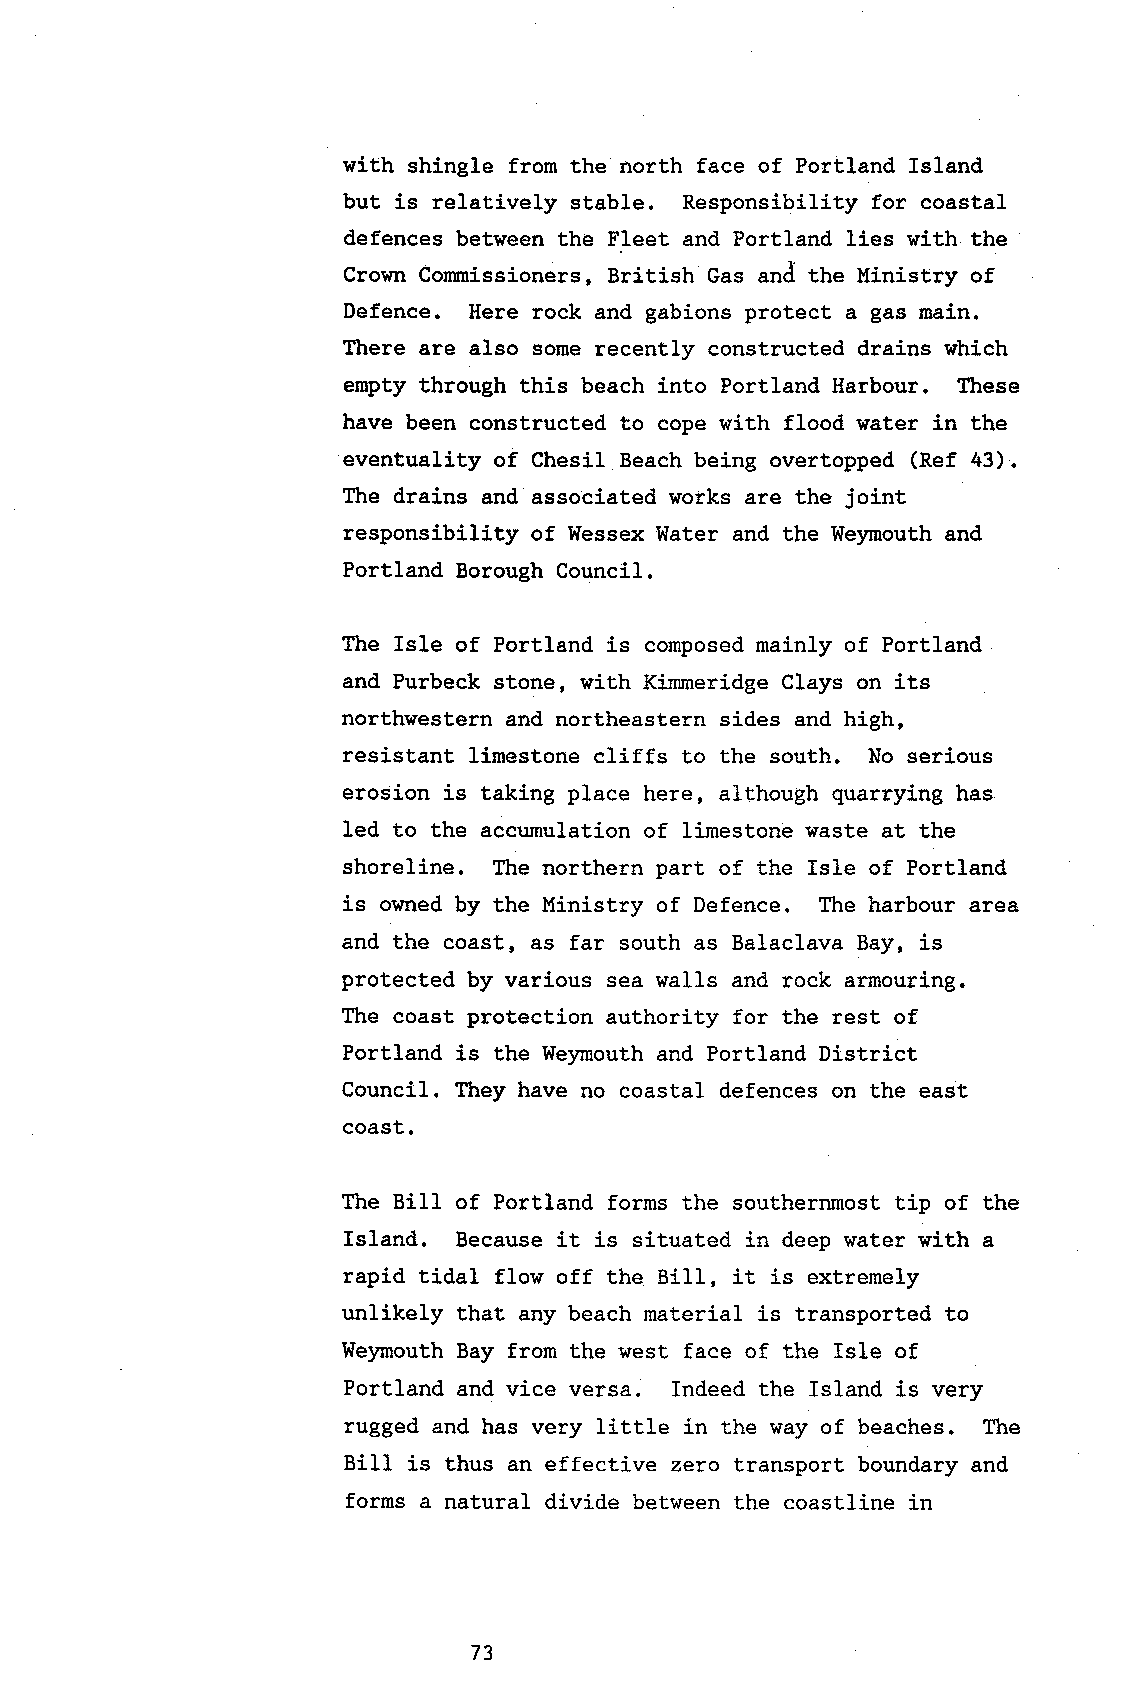
with shingle from the north face of Portland Island
 but is relatively stable. Responsibility for coastal
 defences between the Fleet and Portland lies with the
 Crown Corrnissioners, British Gas and the Ministry of
 Defence. Here rock and gabions protect a gas main.
 There are also some recently constructed drains which
 empty through this beach into Portland Harbour. These
 have been constructed to cope with flood water in the
 eventuality of Chesil Beach being overtopped (Ref 43).
 Ttre drains and associated works are the joint
 responsibility of Wessex Water and the Weymouth and
 Portland Borough Council.
 The Isle of Portland is composed mainly of Portland
 and Purbeck stone, with Kimmeridge Clays on its
 northwestern and northeastern sides and high,
 resistant limestone cliffs to the south. No serious
 erosion is taking place here, although quarrying has
 led to the accumulation of limestone waste at the
 shoreline. Ttre northern part of the Isle of Portland
 is owned by the llinistry of Defence. The harbour area
 and the coast, as far south as Balaclava Bay, is
 protected by various sea walls and rock armouring.
 The coast protection authority for the rest of
 Portland is the Weynouth and Portland District
 Council. They have no coastal defences on the east
 coast.
 The BilI of Portland forms the southernmost tip of the
 Island. Because it is situated in deep water with a
 rapid tidal flow off the BilI, it is extremely
 unlikely that any beach material is transported to
 Weymouth Bay from the west face of the Isle of
 Portland and vice versa. Indeed the Island is very
 rugged and has very little in the way of beaches. The
 Bill is thus an effective zero transport boundary and
 forms a natural divide between the coastline in
 73